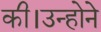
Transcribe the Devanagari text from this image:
की।उन्होने